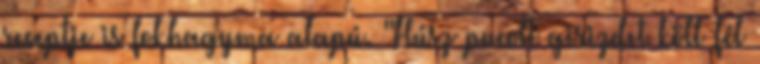
receptje is fokhagyma alapú. "Húsz pucolt girizdet köll fél